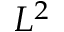
L ^ { 2 }